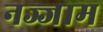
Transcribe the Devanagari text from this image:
नज्जाम